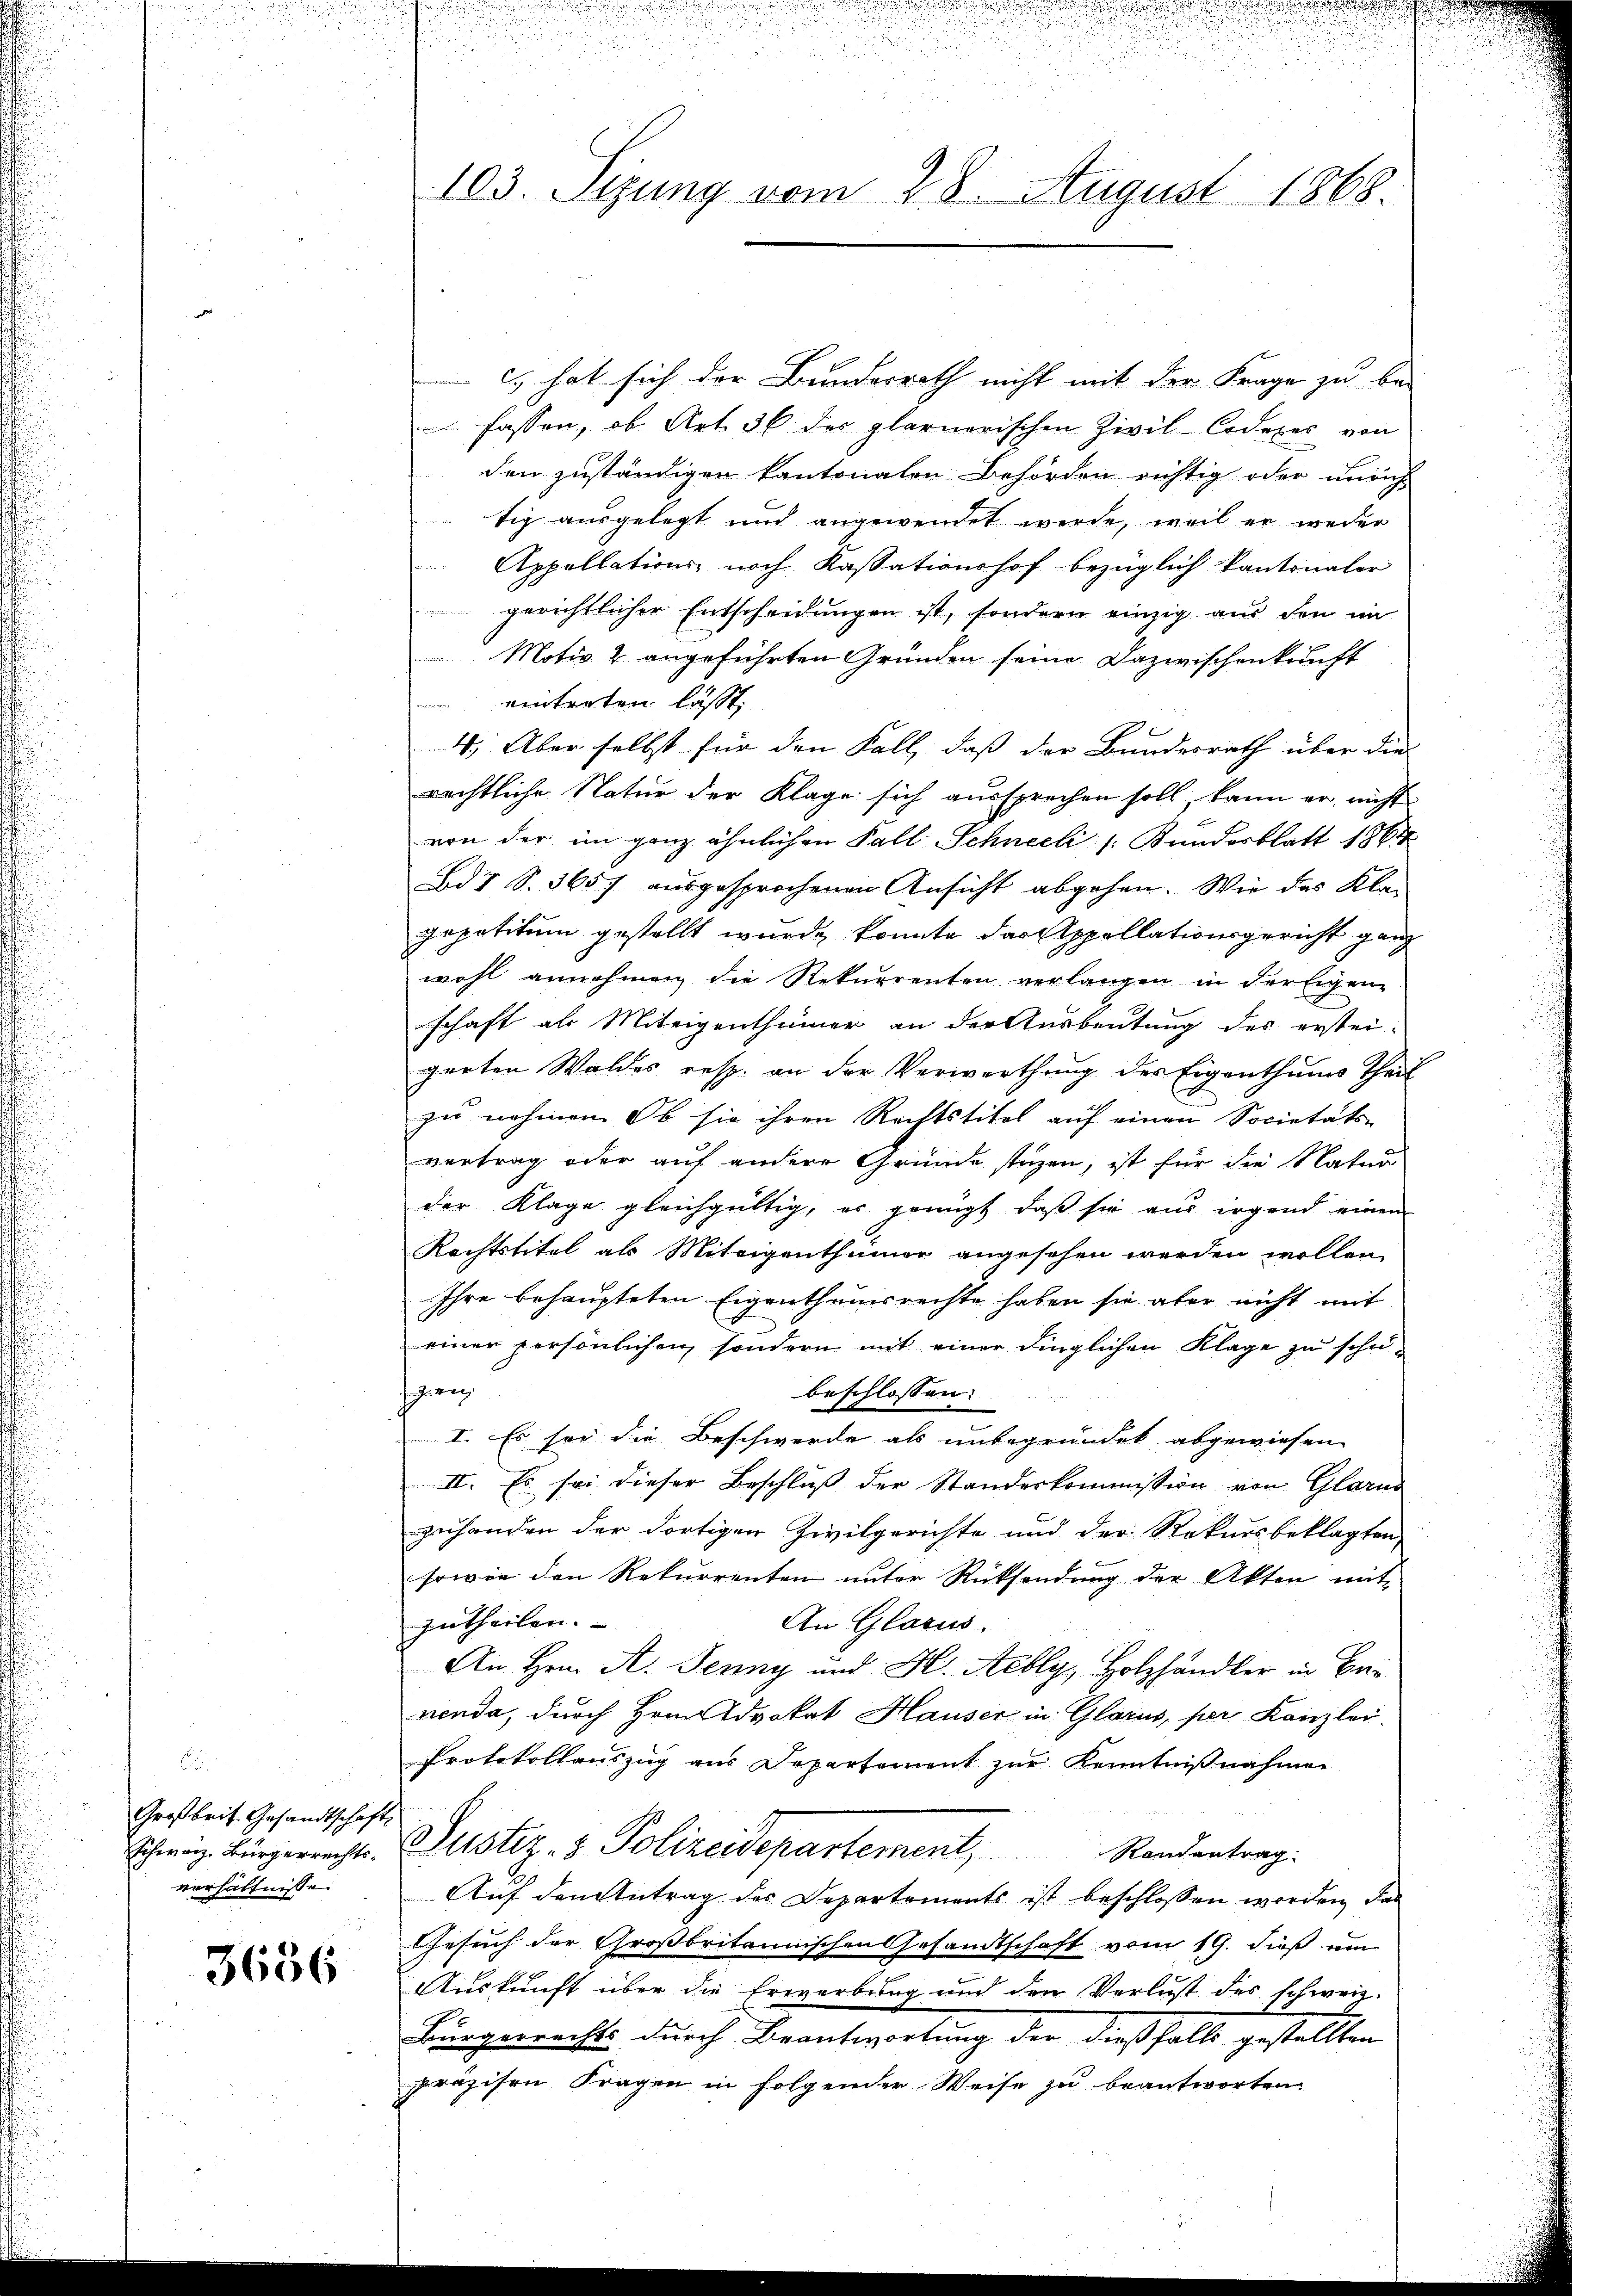
Großbrit. Gesandtschaft,
Schweiz. Bürgerrechts-
verhältnisse.

3686

103. Stzung vom 28. August 1868.

) hat sich der Bundesrath nicht mit der Frage zu be-
fassen, ob Art. 36 des plarnerischen Zivil-Codexec von
den zuständigen kantonalen Behörden richtig oder unrich
tig ausgelegt und angewendet werde, weil er weder
Appellations- noch Kassationshof bezüglich kantonaler
gerichtlicher Entscheidungen ist, sondern einzig aus den im
Motiv 2 angeführten Gründen seine Dazwischenkunft
eintreten lässt.
4. Aber selbst für den Fall, daß der Bundesrath über die
rächtliche Natur der Klage sich aussprechen soll, kann er nicht
von der im ganz ähnlichen Fall Schneeli /: Bundesblatt 1864
Bd I S. 365 f. ausgesprochenen Ansicht abgehen. Wir das Kla-
gepetitum gestellt wurde konnte das Appellationsgericht ganz
wohl annehmen die Rekurrenten verlangen in der Eigene
schaft als Miteigenthümer an der Ausbeutung des erstei-
gerten Waldes resp. an der Verwerthung des Eigenthums Theil
zu nehmen. Ob sie ihren Rechtstitel auf einen Societäts-
vertrag oder auf andere Gründe stehen, ist für die Natur
der Klage gleichgültig, er genügt, daß sie aus irgend einem
Rechtstitel als Miteigenthümer angesehen werden wollen,
Ihre behaupteten Eigenthumsrechte haben sie aber nicht mit
einer persönlichen, sondern mit einer dinglichen Klage zu schei-
Harn
beschlossen:
I. Es sei die Beschwerde als unbegründet abgewiesen
II. Es sei dieser Beschluß der Standeskommission von Glarus
zuhanden der dortigen Zivilgerichte und der Rekursbeklagten,
sowie den Rekurrenten unter Rücksendung der Akten, mit
An Glarus.
zurtheilen.
An Hrn. A. Jenny und H. Nelly, Holzhändler in Bri
nenda, durch Hrn. Advokat Hauser in Glarus, per Kanzlei
Protokollauszug aus Departement zur Kenntnißnahmen
Justiz- & Polizeidepartement,
Randantrag.
Auf den Antrag der Departements ist beschlossen worden, das
Gesuch der Großbritannischen Gesandtschaft vom 19. dieß um
Auskunft über die Erwerbung und den Verlust des schweiz.
Bürgerrechts durch Beantwortung der dießfalls gestellten
präzisen Fragen in folgender Weise zu beantworten